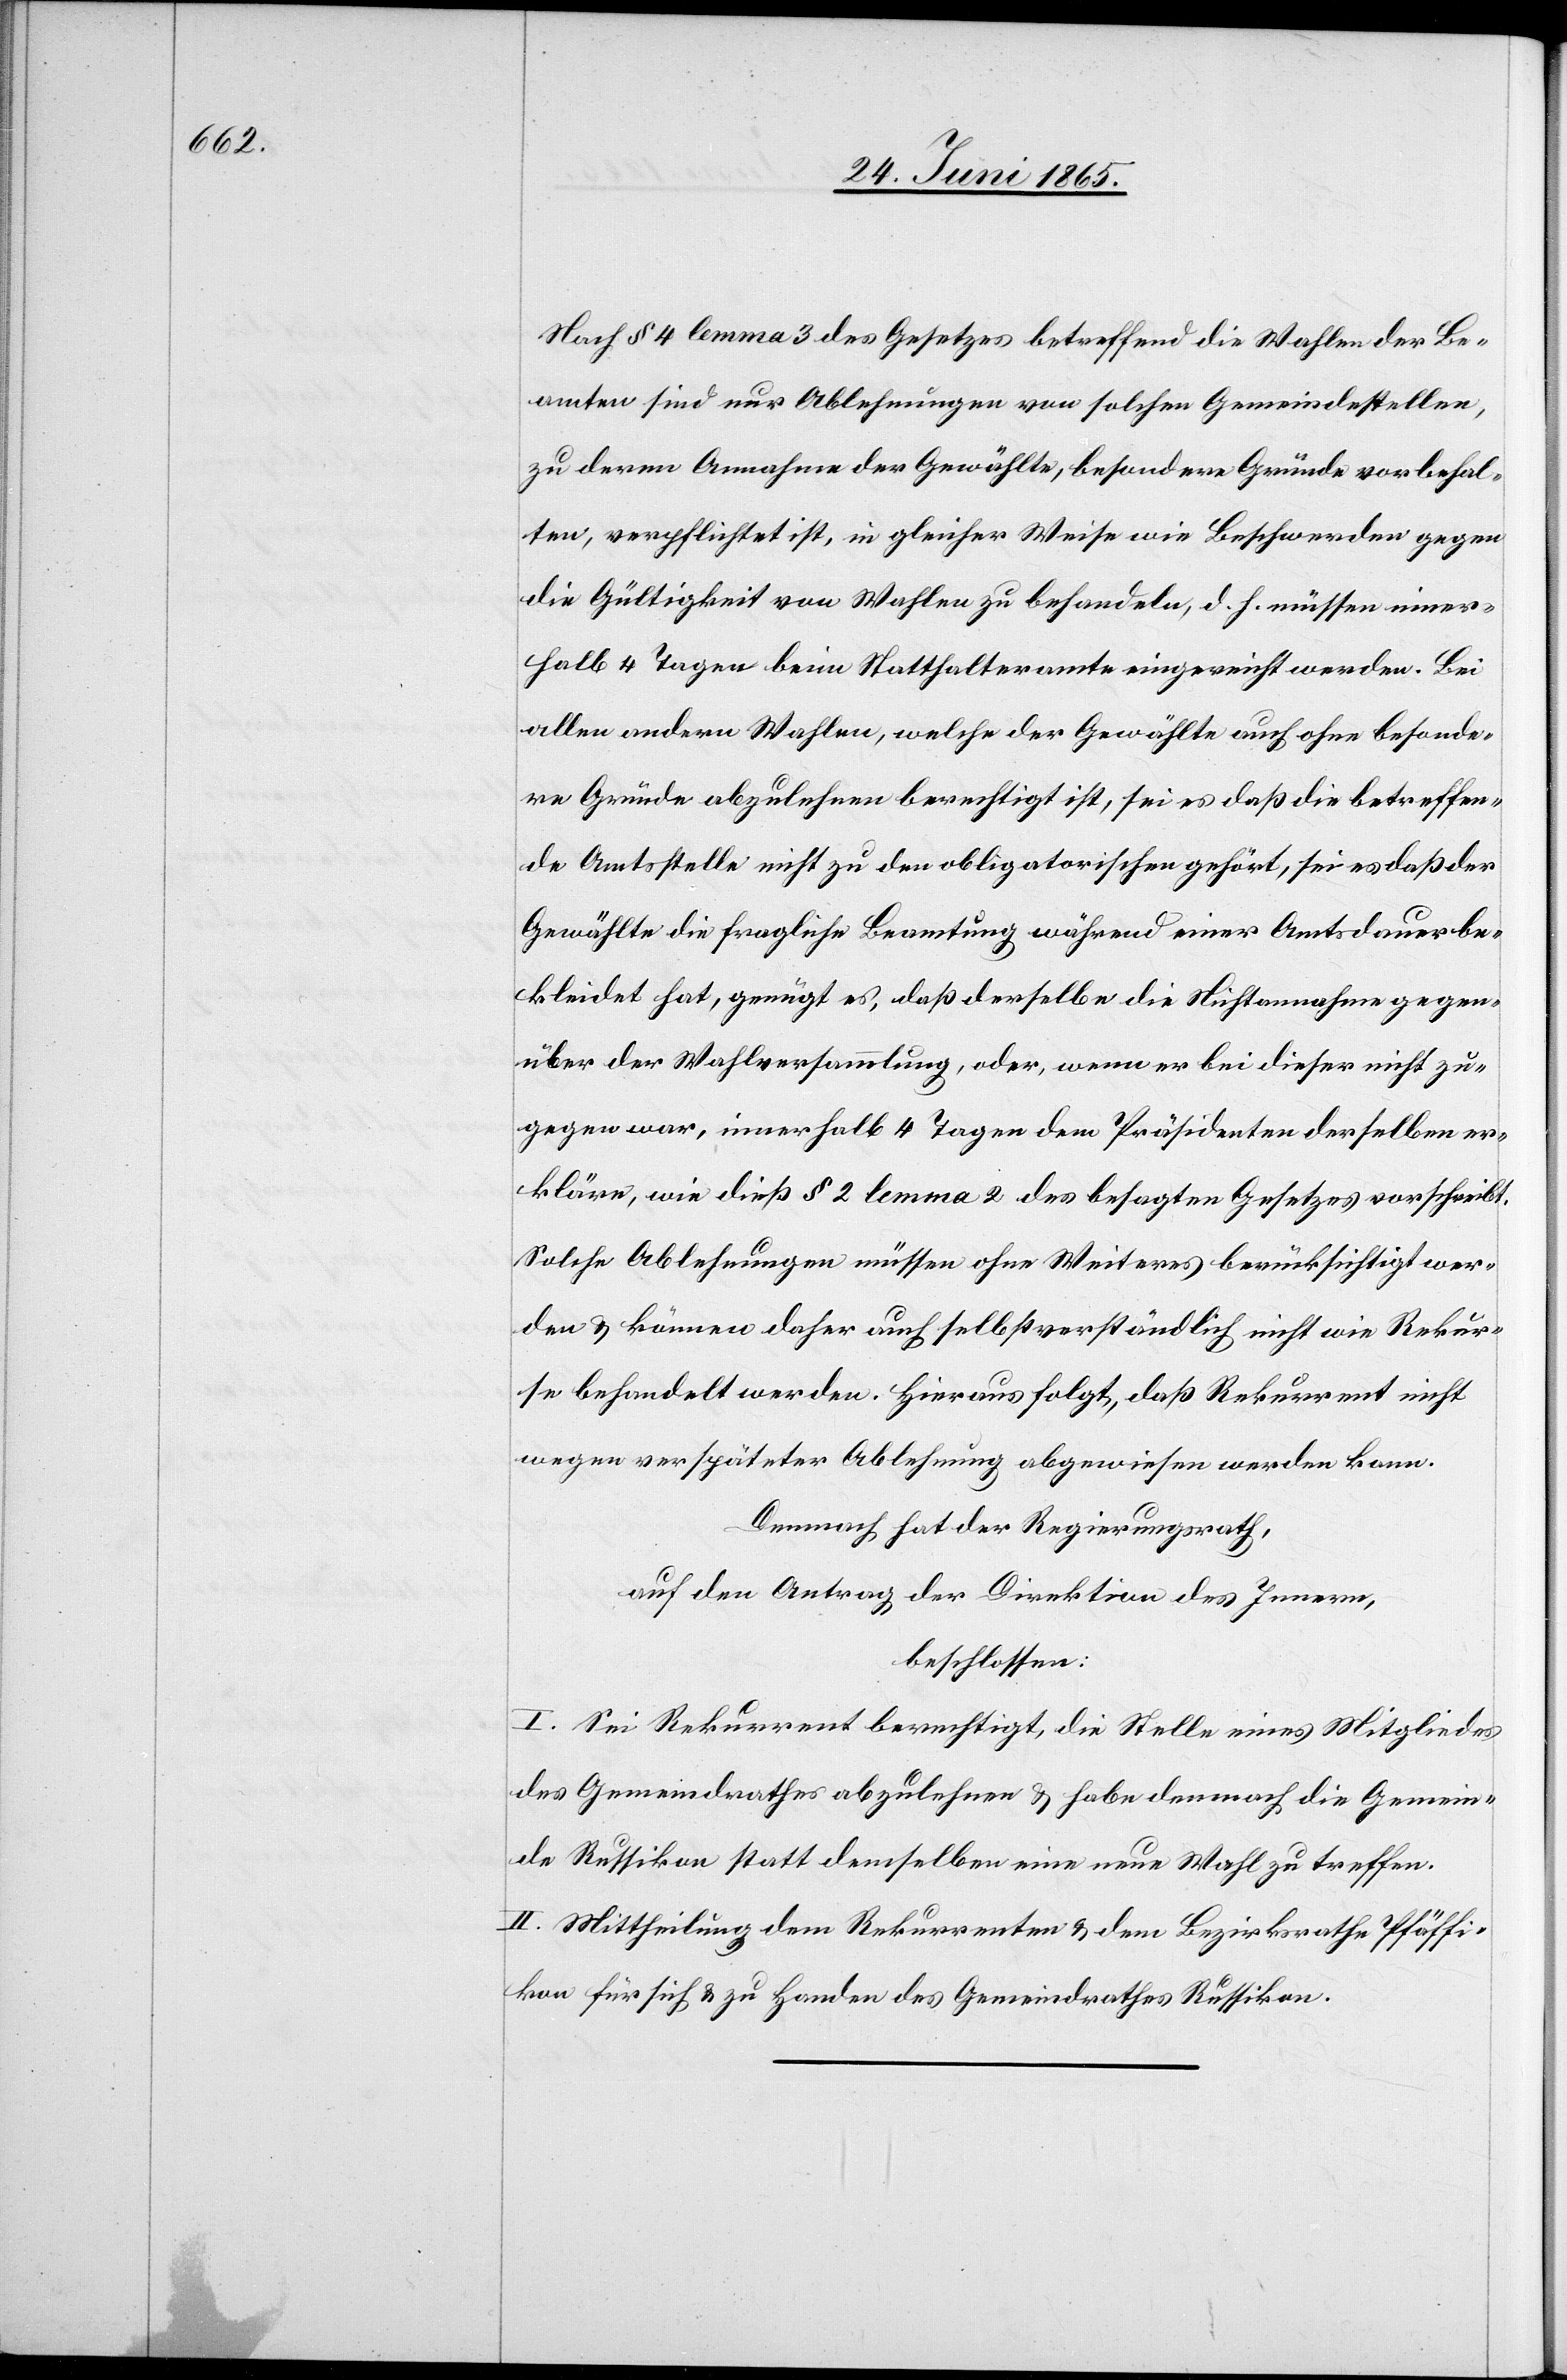
Nach § 4 lemma 3 des Gesetzes betreffend die Wahlen der Be¬
amten sind nur Ablehnungen von solchen Gemeindestellen,
zu deren Annahme der Gewählte, besondere Gründe vorbehal¬
ten, verpflichtet ist, in gleicher Weise wie Beschwerden gegen
die Gültigkeit von Wahlen zu behandeln, d. h. müssen inner¬
halb 4 Tagen beim Statthalteramte eingereicht werden. Bei
allen andern Wahlen, welche der Gewählte auch ohne besonde¬
re Gründe abzulehnen berechtigt ist, sei es daß die betreffen¬
de Amtsstelle nicht zu den obligatorischen gehört, sei es daß der
Gewählte die fragliche Beamtung während einer Amtsdauer be¬
kleidet hat, genügt es, daß derselbe die Nichtannahme gegen¬
über der Wahlversammlung, oder, wenn er bei dieser nicht zu¬
gegen war, innerhalb 4 Tagen dem Präsidenten derselben er¬
kläre, wie dieß § 2 lemma 2 des besagten Gesetzes vorschreibt.
Solche Ablehnungen müssen ohne Weiteres berücksichtigt wer¬
den & können daher auch selbstverständlich nicht wie Rekur¬
se behandelt werden. Hieraus folgt, daß Rekurrent nicht
wegen verspäteter Ablehnung abgewiesen werden kann.
Demnach hat der Regierungsrath,
auf den Antrag der Direktion des Innern,
beschlossen:
I. Sei Rekurrent berechtigt, die Stelle eines Mitgliedes
des Gemeindrathes abzulehnen & habe demnach die Gemein¬
de Russikon statt demselben eine neue Wahl zu treffen.
II. Mittheilung dem Rekurrenten & dem Bezirksrathe Pfäffi¬
kon für sich & zu Handen des Gemeindrathes Russikon.